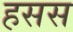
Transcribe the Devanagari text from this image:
हसस